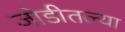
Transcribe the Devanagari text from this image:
जोडीतल्या